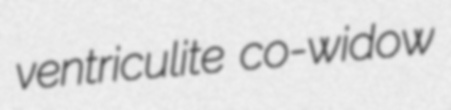
ventriculite co-widow